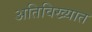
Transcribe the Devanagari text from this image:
अतिविख्यात